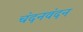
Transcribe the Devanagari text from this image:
चंदनवंदन